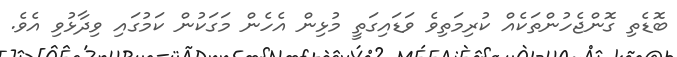
ބޮޑެތި ގޮންޖެހުންތަކެއް ކުރިމަތިވެ ވަޑައިގަތީ މުޅިން އެހެން މަގަކުން ކަމުގައި ވިދާޅުވި އެވެ.